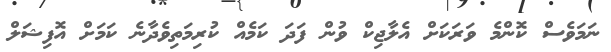
ނަމަވެސް ކޮންމެ ވަރަކަށް އެލާޖިކް ވުން ފަދަ ކަމެއް ކުރިމަތިވެދާނެ ކަމަށް އޮފިޝަލް